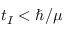
t _ { I } < \hbar / \mu